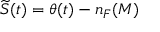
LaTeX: \widetilde { S } ( t ) = \theta ( t ) - n _ { F } ( M )